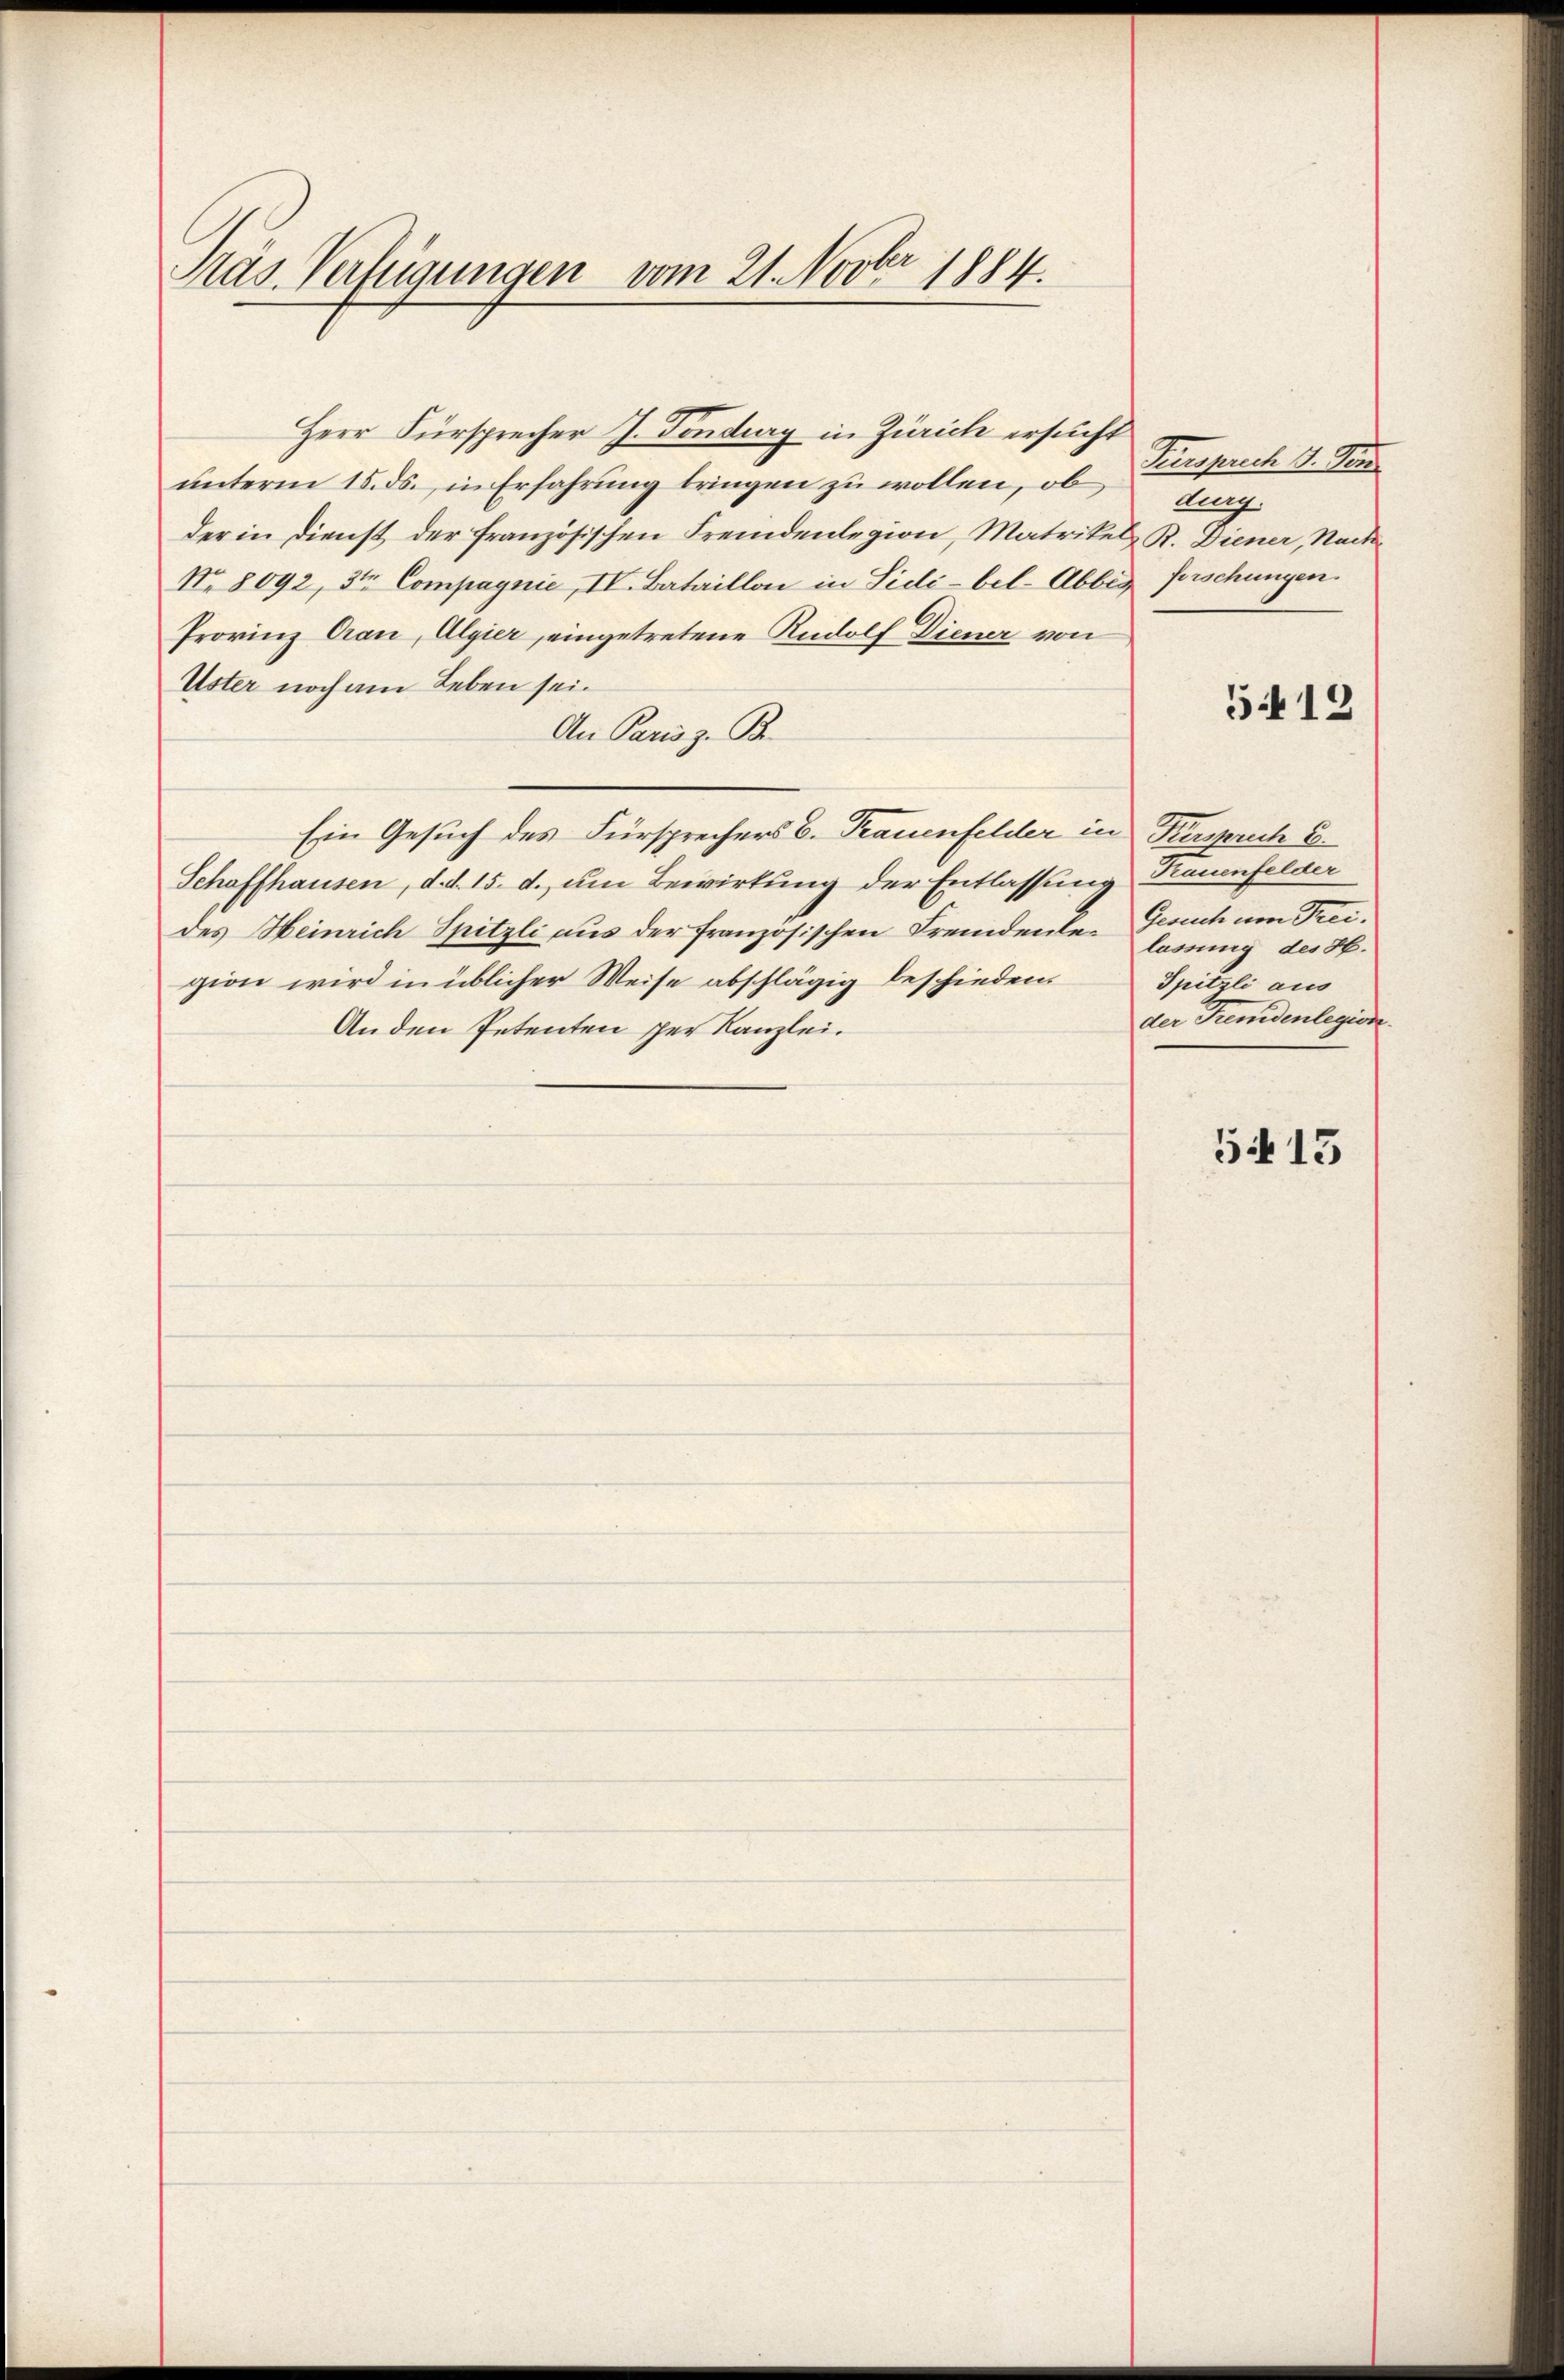
Präs. Verfügungen vom 21. Novber 1884.

Herr Fürsprecher J. Fondig in Zürich ersucht
unterm 15. ds. in Erfahrung bringen zu wollen, ob
der in Dienst der französischen Fremdenlegion, Matrikel R. Diener, Nach
No. 8092, 3ten Compagnie, IV. Bataillon in Sielé-bel-Abbes Vorschungen
Provinz Cran, Algier, eingetretene Rudolf Diener von
Uster noch am Leben sei.
An Paris z. B.
Ein Gesuch des Fürsprechers C. Frauenfelder in Tiersprech E
Schaffhausen, d. d. 15. d. um Bewirkung der Entlassung Trauenfelder
des Heinrich Spitzli aus der französischen Fremdenlegion wird in üblicher Weise abschlägig beschieden
Anden Petenten per Kanzlei.

Versprich 9. Fen
dung.

5412

Gesuch um Trei.
lassung des H.
Spitzli aus
der Fremdenlegion.

54 15